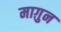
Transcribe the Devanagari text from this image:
माग़ुन